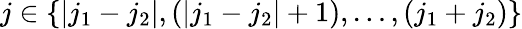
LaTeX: j\in\left\{ \left|j_{1}-j_{2}\right|,\left(\left|j_{1}-j_{2}\right|+1\right),\ldots,\left(j_{1}+j_{2}\right)\right\}